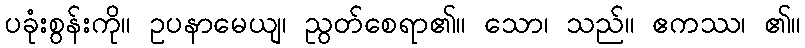
ပခုံးစွန်းကို။ ဥပနာမေယျ၊ ညွတ်စေရာ၏။ သော၊ သည်။ ဧကဿ၊ ၏။